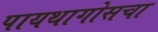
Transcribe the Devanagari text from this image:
पायथागोसचा